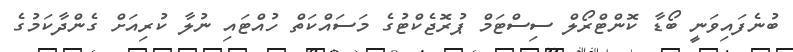
ބުނެފައިވަނީ ބޯޑާ ކޮންޓްރޯލް ސިސްޓަމް ޕުރޮޖެކްޓުގެ މަސައްކަތް ހުއްޓައި ނުލާ ކުރިއަށް ގެންދާކަމުގެ